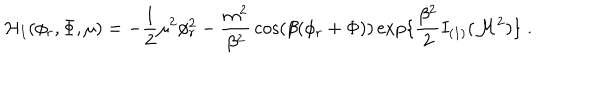
{ \cal H } _ { I } ( \phi _ { r } , \Phi , \mu ) = - { \frac { 1 } { 2 } } \mu ^ { 2 } \phi _ { r } ^ { 2 } - { \frac { m ^ { 2 } } { \beta ^ { 2 } } } \cos ( \beta ( \phi _ { r } + \Phi ) ) \exp \{ { \frac { \beta ^ { 2 } } { 2 } } I _ { ( 1 ) } ( { \cal M } ^ { 2 } ) \} \; .